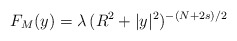
\begin{align*}F_M(y) =\lambda\,(R^2 + |y|^2)^{-(N+2s)/2}\end{align*}